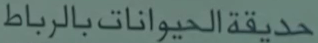
حديقةالحيواناتبالرب